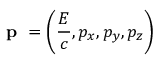
\textbf { p } = \left( \frac { E } { c } , p _ { x } , p _ { y } , p _ { z } \right)